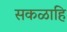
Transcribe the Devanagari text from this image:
सकळाहि